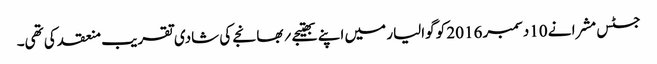
جسٹس مشرا نے 10دسمبر 2016 کو گوالیار میں اپنے بھتیجے؍بھانجے کی شادی تقریب منعقد کی تھی۔